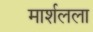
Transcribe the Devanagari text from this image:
मार्शलला